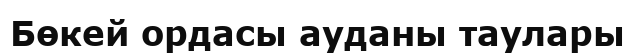
Бөкей ордасы ауданы таулары